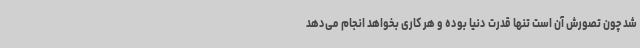
شد چون تصورش آن است تنها قدرت دنیا بوده و هر کاری بخواهد انجام می‌دهد